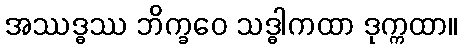
အဿဒ္ဓဿ ဘိက္ခဝေ သဒ္ဓါကထာ ဒုက္ကထာ။